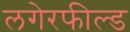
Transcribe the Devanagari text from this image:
लगेरफील्ड